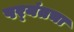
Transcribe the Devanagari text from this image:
पर्‍यंतचा